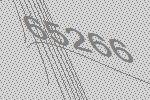
65266